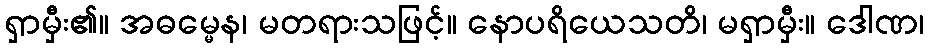
ရှာမှီး၏။ အဓမ္မေန၊ မတရားသဖြင့်။ နောပရိယေသတိ၊ မရှာမှီး။ ဒေါဏ၊